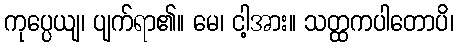
ကုပ္ပေယျ၊ ပျက်ရာ၏။ မေ၊ ငါ့အား။ သတ္ထကပါတောပိ၊